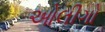
ઓલીગો